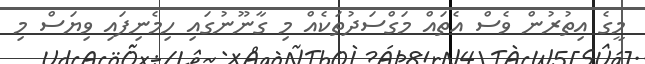
މީގެ އިތުރުން ވެސް އެތައް މަގްސަދުތަކެއް މި ގާނޫނުގައި ހިމެނިފައި ވިޔަސް މި